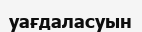
уағдаласуын